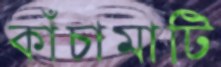
কাঁচামাটি